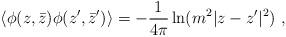
LaTeX: \begin{align*}\langle \phi(z,\bar{z}) \phi(z',\bar{z}') \rangle=-{1 \over 4\pi}\ln (m^2 |z-z'|^2)~,\end{align*}